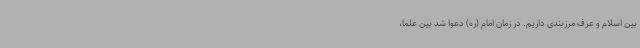
بین اسلام و عرف مرزبندی داریم. در زمان امام (ره) دعوا شد بین علما،